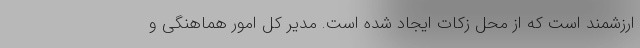
ارزشمند است که از محل زکات ایجاد شده است. مدیر کل امور هماهنگی و